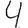
Digit: 4